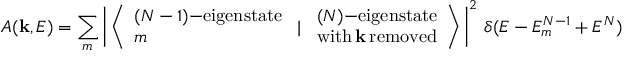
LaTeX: A ( \mathbf { k } , E ) = \sum _ { m } \left| \, \left\langle { \begin{array} { l } { ( N - 1 ) \mathrm { { \mathrm { - } } e i g e n s t a t e } } \\ { m } \end{array} } \, \, | \, \, { \begin{array} { l } { ( N ) \mathrm { { \mathrm { - } } e i g e n s t a t e } } \\ { \mathrm { w i t h \, } \mathbf { k } \mathrm { \, r e m o v e d } } \end{array} } \right\rangle \, \right| ^ { 2 } \, \delta ( E - E _ { m } ^ { N - 1 } + E ^ { N } )